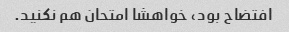
افتضاح بود، خواهشا امتحان هم نکنید.